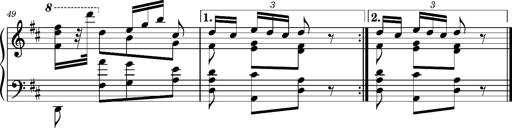
Title: Ungarischer Romanzero
Composer: Franz Liszt